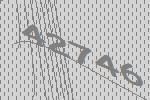
42746